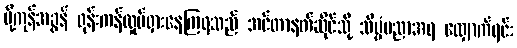
ပို့ကုန်အခွန် ရုန်းကန်လှုပ်ရှားနေကြရသည် အင်တာနက်ဆိုင်သို့ သိပ္ပံပညာအရ လျှောက်ရင်း